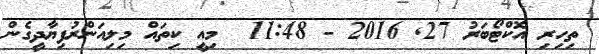
ތިހިރިި އޮކްޓޯބަރު 27